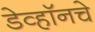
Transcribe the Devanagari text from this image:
डेव्हॉनचे